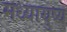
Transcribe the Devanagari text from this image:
मध्यायुष्य